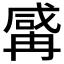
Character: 𱏼